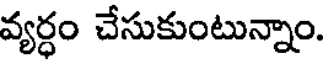
వ్యర్ధం చేసుకుంటున్నాం.